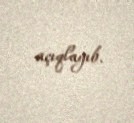
açıqlayıb.